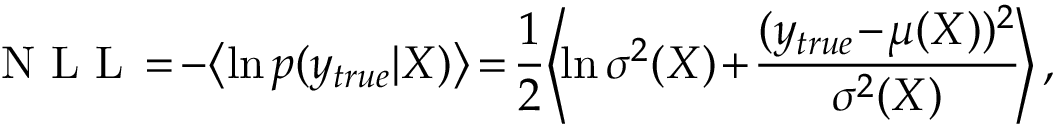
\mathrm { ~ N ~ L ~ L ~ } \! = \! - \! \left\langle \ln p ( y _ { t r u e } | X ) \right\rangle \! = \! \frac { 1 } { 2 } \! \left\langle \! \ln \sigma ^ { 2 } ( X ) \! + \! \frac { ( y _ { t r u e } \! - \! \mu ( X ) ) ^ { 2 } } { \sigma ^ { 2 } ( X ) } \! \right\rangle ,